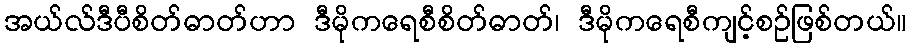
အယ်လ်ဒီပီစိတ်ဓာတ်ဟာ ဒီမိုကရေစီစိတ်ဓာတ်၊ ဒီမိုကရေစီကျင့်စဉ်ဖြစ်တယ်။